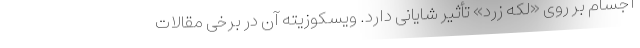
اجسام بر روی «لکه زرد» تأثیر شایانی دارد. ویسکوزیته آن در برخی مقالات